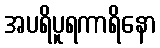
အပရိပူရကာရိနော